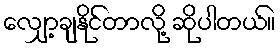
လျှော့ချနိုင်တာလို့ ဆိုပါတယ်။